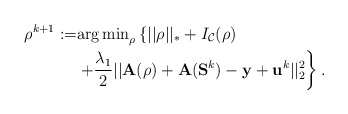
\begin{align*}\rho^{k+1} := &{\arg \min}_{\rho} \left\{||\rho||_*+ I_{\mathcal{C}}(\rho) \right. \\ &\left. +\frac{\lambda_1}{2}||\mathbf{A}(\mathbf{\rho}) +\mathbf{A} (\mathbf{S}^k)- \mathbf{y}+ \mathbf{u}^k||_2^2 \right\}.\end{align*}